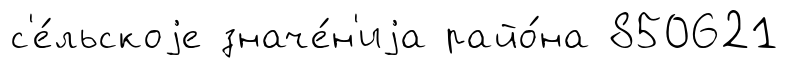
с'е́льскоjе значе́н'иjа райо́на 850621